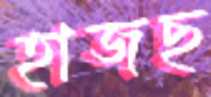
হাজছ